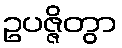
ဥပဇ္ဇိတွာ